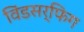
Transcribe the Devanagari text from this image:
विंडसर्फिग